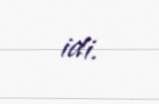
idi.